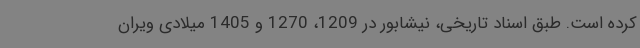
کرده است. طبق اسناد تاریخی، نیشابور در 1209، 1270 و 1405 میلادی ویران